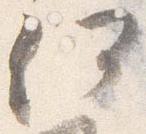
何